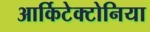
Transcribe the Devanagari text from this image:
आर्किटेक्टोनिया